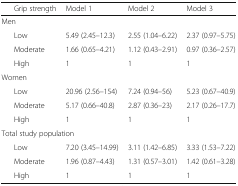
<table><thead><tr><td></td><td><b>Grip strength</b></td><td><b>Model 1</b></td><td><b>Model 2</b></td><td><b>Model 3</b></td></tr></thead><tbody><tr><td colspan="5">Men</td></tr><tr><td></td><td>Low</td><td>5.49 (2.45–12.3)</td><td>2.55 (1.04–6.22)</td><td>2.37 (0.97–5.75)</td></tr><tr><td></td><td>Moderate</td><td>1.66 (0.65–4.21)</td><td>1.12 (0.43–2.91)</td><td>0.97 (0.36–2.57)</td></tr><tr><td></td><td>High</td><td>1</td><td>1</td><td>1</td></tr><tr><td colspan="5">Women</td></tr><tr><td></td><td>Low</td><td>20.96 (2.56–154)</td><td>7.24 (0.94–56)</td><td>5.23 (0.67–40.9)</td></tr><tr><td></td><td>Moderate</td><td>5.17 (0.66–40.8)</td><td>2.87 (0.36–23)</td><td>2.17 (0.26–17.7)</td></tr><tr><td></td><td>High</td><td>1</td><td>1</td><td>1</td></tr><tr><td colspan="5">Total study population</td></tr><tr><td></td><td>Low</td><td>7.20 (3.45–14.99)</td><td>3.11 (1.42–6.85)</td><td>3.33 (1.53–7.22)</td></tr><tr><td></td><td>Moderate</td><td>1.96 (0.87–4.43)</td><td>1.31 (0.57–3.01)</td><td>1.42 (0.61–3.28)</td></tr><tr><td></td><td>High</td><td>1</td><td>1</td><td>1</td></tr></tbody></table>